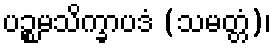
ပဉ္စမသိက္ခာပဒံ (သမတ္တံ)၊